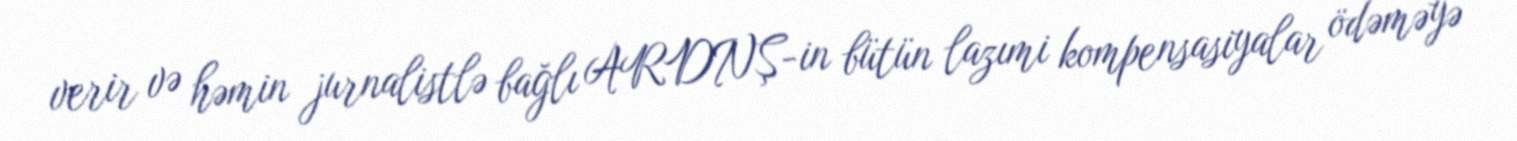
verir və həmin jurnalistlə bağlı ARDNŞ-in bütün lazımi kompensasiyalar ödəməyə